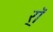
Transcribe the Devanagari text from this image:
र्‍ाॅ